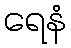
ရေနံ